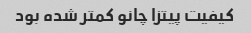
کیفیت پیتزا چانو کمتر شده بود